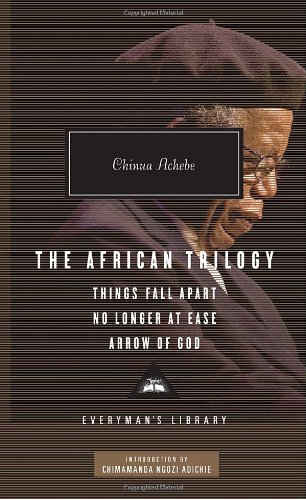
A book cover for The African Trilogy: Things Fall Apart, No Longer at Ease, and Arrow of God (Everyman's Library (Cloth)); Chinua Achebe; Literature & Fiction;